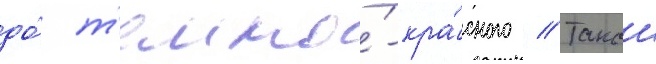
до́ т'емно́-кра́сного // Такои